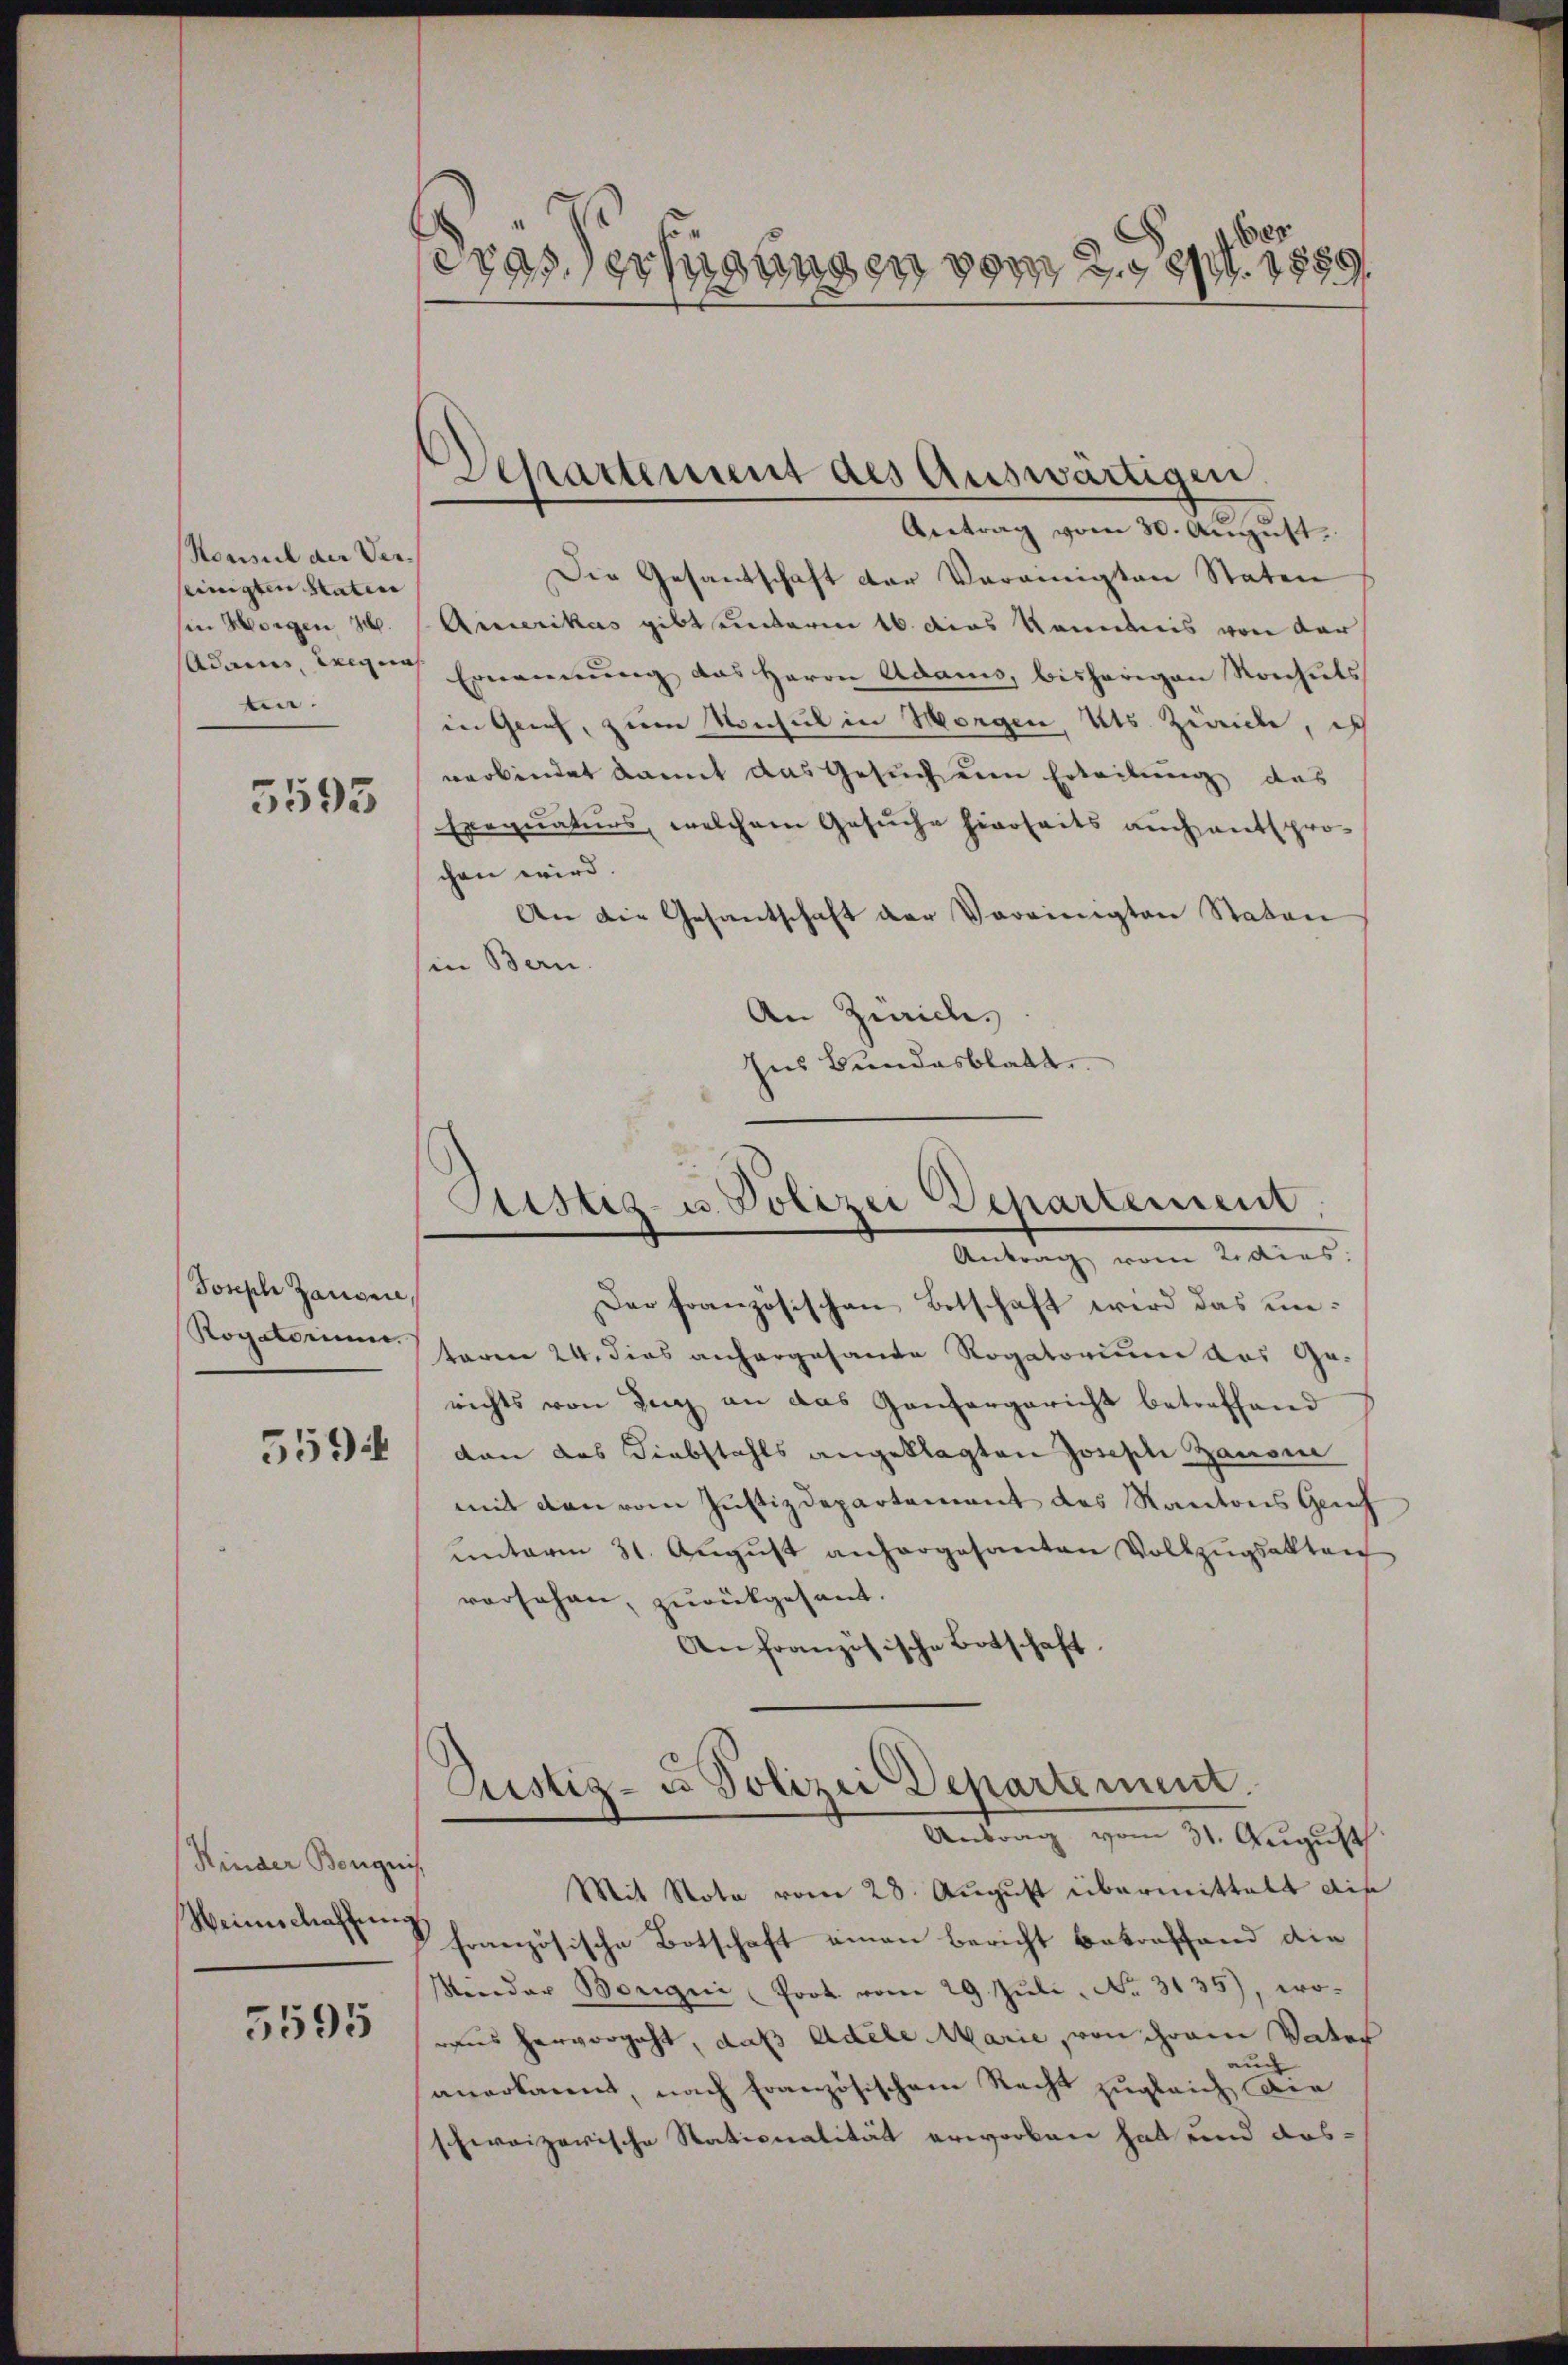
Konsul der Verseinigten Statir
in Morgen 300.
n.

5593

Joseph Hausen
Rogatorium.
559

Kinder Borgnis
Weinschaffung

5595

er
Gras Verfügungen vom 2. Sept. 1889.

Die Gesandschaft der Vereinigten Staten
Aixerikas gibt unterm 16. dies kanntnis von der
Adame, wegen Ernennung das Herrn Adams, bisherigen Konhuts
in Geich, zum Konsul in Morgen, Kts. Zwicke, ich
verbindet kannt das Gesuch um Erteilung des
Exequaturs, welchem Gesuche hierseits auch entspro-
chen wird.
An die Gesantschaft der Vereinigten Staton
(in Bern.
An Zürichs
Ins Bundesblatt

Departement des Auswärtigen.
Antrag vom 30. Aŭgŭst

Zustiz- u. Polizei Departement.
Antrag vom Tidias.

Der französischen Botschaft wird das untoren 24. dies anhergesante Rogatorium das Ge-
richts von Tag an das Ganzergericht betreffend
dan das Diebstahls angeklagten Josephi Zausi
mit den vom Justizdepartement des Kantons Geh
unterm 31. August anhergesanten Vollzugsakten
vorsehen, zurückgesandt.
An französische Botschaft.
Rustiz- u Polizei Departement.
Antrag vom 31. August.
Mit Note vom 28. August übermittelt die
französische Botschaft einen Bericht betreffend die
Minder Borgni Prot. vom 29. Jŭli. Nr. 3135), wo-
raus hervorgeht, daß Adele Marie, von ihrem Vater
auch
anerkannt, nach französischem Recht zugleich die
schweizerische Stationalität erworben hat und aus-